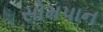
સોમપાન